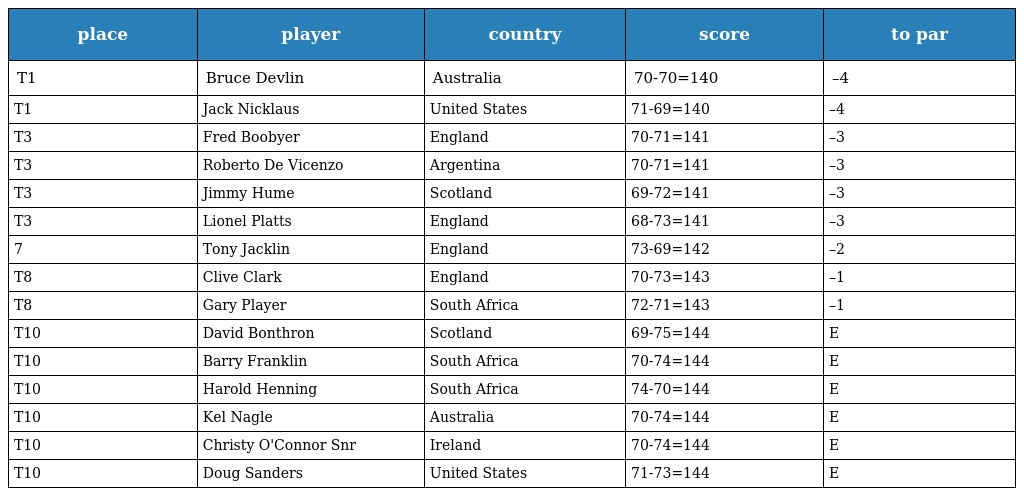
| place | player | country | score | to par |
 | --- | --- | --- | --- | --- |
 | T1 | Bruce Devlin | Australia | 70-70=140 | –4 |
 | T1 | Jack Nicklaus | United States | 71-69=140 | –4 |
 | T3 | Fred Boobyer | England | 70-71=141 | –3 |
 | T3 | Roberto De Vicenzo | Argentina | 70-71=141 | –3 |
 | T3 | Jimmy Hume | Scotland | 69-72=141 | –3 |
 | T3 | Lionel Platts | England | 68-73=141 | –3 |
 | 7 | Tony Jacklin | England | 73-69=142 | –2 |
 | T8 | Clive Clark | England | 70-73=143 | –1 |
 | T8 | Gary Player | South Africa | 72-71=143 | –1 |
 | T10 | David Bonthron | Scotland | 69-75=144 | E |
 | T10 | Barry Franklin | South Africa | 70-74=144 | E |
 | T10 | Harold Henning | South Africa | 74-70=144 | E |
 | T10 | Kel Nagle | Australia | 70-74=144 | E |
 | T10 | Christy O'Connor Snr | Ireland | 70-74=144 | E |
 | T10 | Doug Sanders | United States | 71-73=144 | E |